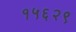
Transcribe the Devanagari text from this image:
१५६२९